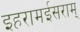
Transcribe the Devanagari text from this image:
इहरामईसराम्